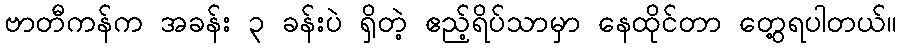
ဗာတီကန်က အခန်း ၃ ခန်းပဲ ရှိတဲ့ ဧည့်ရိပ်သာမှာ နေထိုင်တာ တွေ့ရပါတယ်။